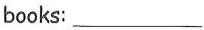
books:___